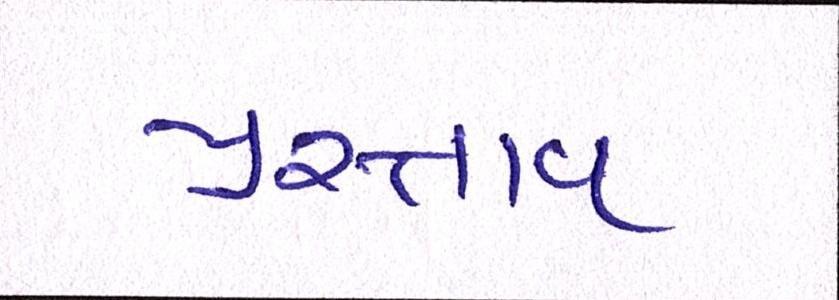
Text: પ્રસ્તાવ